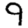
Digit: 9